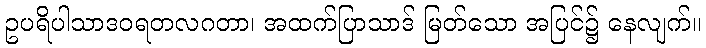
ဥပရိပါသာဒဝရတလဂတာ၊ အထက်ပြာသာဒ် မြတ်သော အပြင်၌ နေလျက်။